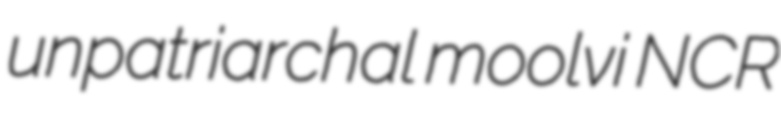
unpatriarchal moolvi NCR